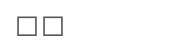
١٦